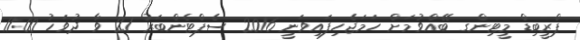
ޕްރީބިޑް މީޓިންގ ބޭއްވުމަށް ހަމަޖެހިފައިވަނީ 2016 ސެޕްޓެންބަރު 21 ވާ ދުވަހު 11:00